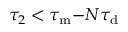
\tau _ { 2 } < \tau _ { \mathrm { m } } { - } N \tau _ { \mathrm { d } }